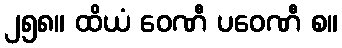
၂၅၈။ ထိယံ ဝေဏီ ပဝေဏီ စ။